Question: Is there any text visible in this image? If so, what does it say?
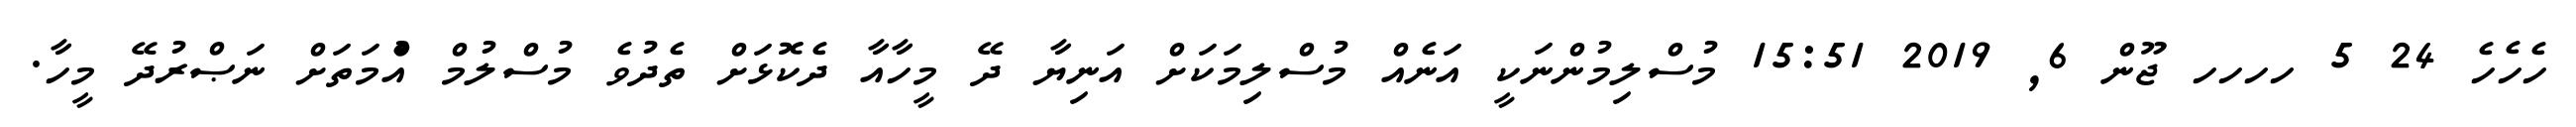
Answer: ހެހެހެ 24 5 ހހހހ ޖޫން 6, 2019 15:51 މުސްލިމުންނަކީ އަނެއް މުސްލިމަކަށް އަނިޔާ ދޭ މީހާއާ ދެކޮޅަށް ތެދުވެ މުސްލުމް އުެްމަތަށް ނަޞްރުދޭ މީހާ.